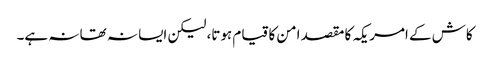
کاش کے امریکہ کا مقصد امن کا قیام ہوتا، لیکن ایسا نہ تھا نہ ہے۔